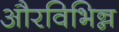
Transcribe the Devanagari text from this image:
औरविभिन्न